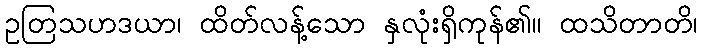
ဥတြသဟဒယာ၊ ထိတ်လန့်သော နှလုံးရှိကုန်၏။ ထသိတာတိ၊